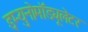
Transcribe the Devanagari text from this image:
इम्युनोमॉड्यूलेटर